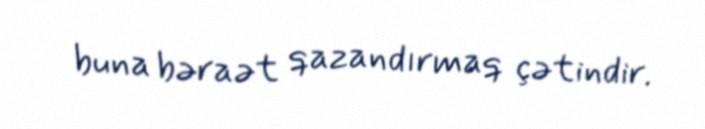
buna bəraət qazandırmaq çətindir.